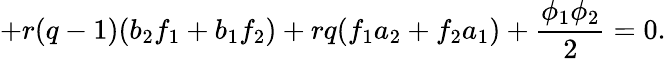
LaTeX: +r(q-1)(b_{2}f_{1}+b_{1}f_{2})+rq(f_{1}a_{2}+f_{2}a_{1})+\frac{\phi_{1}\phi_{2}}{2}=0.